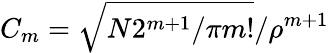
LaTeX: C_{m}=\sqrt{N2^{m+1}/\pi m!}/\rho^{m+1}